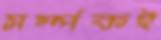
সর্ম্পকই